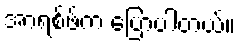
အာရစ်ဖ်က ပြောပါတယ်။